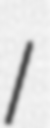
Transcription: I